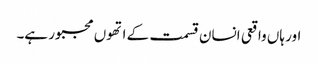
اور ہاں واقعی انسان قسمت کے اتھوں مجبور ہے۔